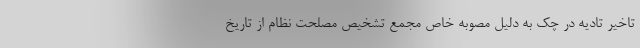
تاخیر تادیه در چک به دلیل مصوبه خاص مجمع تشخیص مصلحت نظام از تاریخ